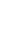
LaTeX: \mathbf{B}\! \! \! \! \! \! \! \! \! \! \! \! _{j}\! \! \! \! \! \! \! \! \! \! \! \! \cap\! \! \! \! \! \! \! \! \! \! \! \! \mathbf{B}\! \! \! \! \! \! \! \! \! \! \! \! _{i}\! \! \! \! \! \! \! \! \! \! \! \! \! \! \! \! \! \! \! \! \! \! \! \! =\! \! \! \! \! \! \! \! \! \! \! \! \! \! \! \! \! \! \! \! \! \! \! \! \emptyset\! \! \! \! \! \! \! \! \! \! \! \! ,\! \! \! \! \! \! \! \! \! \! \!